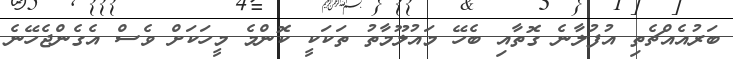
ބަރުއެއްޗެތި އުފުލާނެ ގޮތާއި ބެހޭ މައުލޫމާތު ތަކަކީ ކޮންމެ މީހަކަށް ވެސް އެގެންޖެހޭނެ